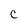
Character: C